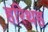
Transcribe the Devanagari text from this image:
हरिथह